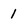
Character: l